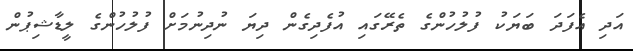
އަދި އެފަދަ ބަޔަކު ފުލުހުންގެ ތެރޭގައި އުފެދިގެން ދިޔަ ނުދިނުމަށް ފުލުހުންގެ ލީޑާޝިޕުން